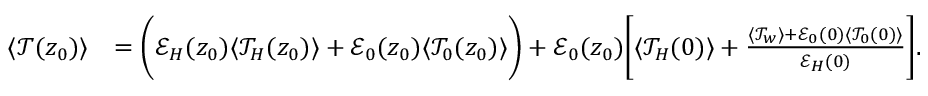
\begin{array} { r l } { \langle \mathcal { T } ( z _ { 0 } ) \rangle } & { = \biggl ( \mathcal { E } _ { H } ( z _ { 0 } ) \langle \mathcal { T } _ { H } ( z _ { 0 } ) \rangle + \mathcal { E } _ { 0 } ( z _ { 0 } ) \langle \mathcal { T } _ { 0 } ( z _ { 0 } ) \rangle \biggr ) + \mathcal { E } _ { 0 } ( z _ { 0 } ) \biggl [ \langle \mathcal { T } _ { H } ( 0 ) \rangle + \frac { \langle \mathcal { T } _ { w } \rangle + \mathcal { E } _ { 0 } ( 0 ) \langle \mathcal { T } _ { 0 } ( 0 ) \rangle } { \mathcal { E } _ { H } ( 0 ) } \biggr ] . } \end{array}